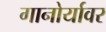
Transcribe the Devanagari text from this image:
गानोर्यावर